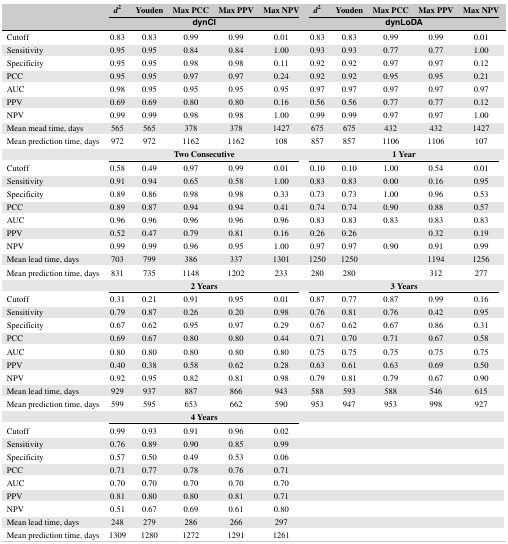
<table><thead><tr><td></td><td><b>d<sup>2</sup></b></td><td><b>Youden</b></td><td><b>Max PCC</b></td><td><b>Max PPV</b></td><td><b>Max NPV</b></td><td><b>d<sup>2</sup></b></td><td><b>Youden</b></td><td><b>Max PCC</b></td><td><b>Max PPV</b></td><td><b>Max NPV</b></td></tr><tr><td></td><td colspan="5"><b>dynCI</b></td><td colspan="5"><b>dynLoDA</b></td></tr></thead><tbody><tr><td>Cutoff</td><td>0.83</td><td>0.83</td><td>0.99</td><td>0.99</td><td>0.01</td><td>0.83</td><td>0.83</td><td>0.99</td><td>0.99</td><td>0.01</td></tr><tr><td>Sensitivity</td><td>0.95</td><td>0.95</td><td>0.84</td><td>0.84</td><td>1.00</td><td>0.93</td><td>0.93</td><td>0.77</td><td>0.77</td><td>1.00</td></tr><tr><td>Specificity</td><td>0.95</td><td>0.95</td><td>0.98</td><td>0.98</td><td>0.11</td><td>0.92</td><td>0.92</td><td>0.97</td><td>0.97</td><td>0.12</td></tr><tr><td>PCC</td><td>0.95</td><td>0.95</td><td>0.97</td><td>0.97</td><td>0.24</td><td>0.92</td><td>0.92</td><td>0.95</td><td>0.95</td><td>0.21</td></tr><tr><td>AUC</td><td>0.98</td><td>0.95</td><td>0.95</td><td>0.95</td><td>0.95</td><td>0.97</td><td>0.97</td><td>0.97</td><td>0.97</td><td>0.97</td></tr><tr><td>PPV</td><td>0.69</td><td>0.69</td><td>0.80</td><td>0.80</td><td>0.16</td><td>0.56</td><td>0.56</td><td>0.77</td><td>0.77</td><td>0.12</td></tr><tr><td>NPV</td><td>0.99</td><td>0.99</td><td>0.98</td><td>0.98</td><td>1.00</td><td>0.99</td><td>0.99</td><td>0.97</td><td>0.97</td><td>1.00</td></tr><tr><td>Mean mead time, days</td><td>565</td><td>565</td><td>378</td><td>378</td><td>1427</td><td>675</td><td>675</td><td>432</td><td>432</td><td>1427</td></tr><tr><td>Mean prediction time, days</td><td>972</td><td>972</td><td>1162</td><td>1162</td><td>108</td><td>857</td><td>857</td><td>1106</td><td>1106</td><td>107</td></tr><tr><td></td><td colspan="5"><b>Two Consecutive</b></td><td colspan="5"><b>1 Year</b></td></tr><tr><td>Cutoff</td><td>0.58</td><td>0.49</td><td>0.97</td><td>0.99</td><td>0.01</td><td>0.10</td><td>0.10</td><td>1.00</td><td>0.54</td><td>0.01</td></tr><tr><td>Sensitivity</td><td>0.91</td><td>0.94</td><td>0.65</td><td>0.58</td><td>1.00</td><td>0.83</td><td>0.83</td><td>0.00</td><td>0.16</td><td>0.95</td></tr><tr><td>Specificity</td><td>0.89</td><td>0.86</td><td>0.98</td><td>0.98</td><td>0.33</td><td>0.73</td><td>0.73</td><td>1.00</td><td>0.96</td><td>0.53</td></tr><tr><td>PCC</td><td>0.89</td><td>0.87</td><td>0.94</td><td>0.94</td><td>0.41</td><td>0.74</td><td>0.74</td><td>0.90</td><td>0.88</td><td>0.57</td></tr><tr><td>AUC</td><td>0.96</td><td>0.96</td><td>0.96</td><td>0.96</td><td>0.96</td><td>0.83</td><td>0.83</td><td>0.83</td><td>0.83</td><td>0.83</td></tr><tr><td>PPV</td><td>0.52</td><td>0.47</td><td>0.79</td><td>0.81</td><td>0.16</td><td>0.26</td><td>0.26</td><td></td><td>0.32</td><td>0.19</td></tr><tr><td>NPV</td><td>0.99</td><td>0.99</td><td>0.96</td><td>0.95</td><td>1.00</td><td>0.97</td><td>0.97</td><td>0.90</td><td>0.91</td><td>0.99</td></tr><tr><td>Mean lead time, days</td><td>703</td><td>799</td><td>386</td><td>337</td><td>1301</td><td>1250</td><td>1250</td><td></td><td>1194</td><td>1256</td></tr><tr><td>Mean prediction time, days</td><td>831</td><td>735</td><td>1148</td><td>1202</td><td>233</td><td>280</td><td>280</td><td></td><td>312</td><td>277</td></tr><tr><td></td><td colspan="5"><b>2 Years</b></td><td colspan="5"><b>3 Years</b></td></tr><tr><td>Cutoff</td><td>0.31</td><td>0.21</td><td>0.91</td><td>0.95</td><td>0.01</td><td>0.87</td><td>0.77</td><td>0.87</td><td>0.99</td><td>0.16</td></tr><tr><td>Sensitivity</td><td>0.79</td><td>0.87</td><td>0.26</td><td>0.20</td><td>0.98</td><td>0.76</td><td>0.81</td><td>0.76</td><td>0.42</td><td>0.95</td></tr><tr><td>Specificity</td><td>0.67</td><td>0.62</td><td>0.95</td><td>0.97</td><td>0.29</td><td>0.67</td><td>0.62</td><td>0.67</td><td>0.86</td><td>0.31</td></tr><tr><td>PCC</td><td>0.69</td><td>0.67</td><td>0.80</td><td>0.80</td><td>0.44</td><td>0.71</td><td>0.70</td><td>0.71</td><td>0.67</td><td>0.58</td></tr><tr><td>AUC</td><td>0.80</td><td>0.80</td><td>0.80</td><td>0.80</td><td>0.80</td><td>0.75</td><td>0.75</td><td>0.75</td><td>0.75</td><td>0.75</td></tr><tr><td>PPV</td><td>0.40</td><td>0.38</td><td>0.58</td><td>0.62</td><td>0.28</td><td>0.63</td><td>0.61</td><td>0.63</td><td>0.69</td><td>0.50</td></tr><tr><td>NPV</td><td>0.92</td><td>0.95</td><td>0.82</td><td>0.81</td><td>0.98</td><td>0.79</td><td>0.81</td><td>0.79</td><td>0.67</td><td>0.90</td></tr><tr><td>Mean lead time, days</td><td>929</td><td>937</td><td>887</td><td>866</td><td>943</td><td>588</td><td>593</td><td>588</td><td>546</td><td>615</td></tr><tr><td>Mean prediction time, days</td><td>599</td><td>595</td><td>653</td><td>662</td><td>590</td><td>953</td><td>947</td><td>953</td><td>998</td><td>927</td></tr><tr><td></td><td colspan="5"><b>4 Years</b></td><td></td><td></td><td></td><td></td><td></td></tr><tr><td>Cutoff</td><td>0.99</td><td>0.93</td><td>0.91</td><td>0.96</td><td>0.02</td><td></td><td></td><td></td><td></td><td></td></tr><tr><td>Sensitivity</td><td>0.76</td><td>0.89</td><td>0.90</td><td>0.85</td><td>0.99</td><td></td><td></td><td></td><td></td><td></td></tr><tr><td>Specificity</td><td>0.57</td><td>0.50</td><td>0.49</td><td>0.53</td><td>0.06</td><td></td><td></td><td></td><td></td><td></td></tr><tr><td>PCC</td><td>0.71</td><td>0.77</td><td>0.78</td><td>0.76</td><td>0.71</td><td></td><td></td><td></td><td></td><td></td></tr><tr><td>AUC</td><td>0.70</td><td>0.70</td><td>0.70</td><td>0.70</td><td>0.70</td><td></td><td></td><td></td><td></td><td></td></tr><tr><td>PPV</td><td>0.81</td><td>0.80</td><td>0.80</td><td>0.81</td><td>0.71</td><td></td><td></td><td></td><td></td><td></td></tr><tr><td>NPV</td><td>0.51</td><td>0.67</td><td>0.69</td><td>0.61</td><td>0.80</td><td></td><td></td><td></td><td></td><td></td></tr><tr><td>Mean lead time, days</td><td>248</td><td>279</td><td>286</td><td>266</td><td>297</td><td></td><td></td><td></td><td></td><td></td></tr><tr><td>Mean prediction time, days</td><td>1309</td><td>1280</td><td>1272</td><td>1291</td><td>1261</td><td></td><td></td><td></td><td></td><td></td></tr></tbody></table>